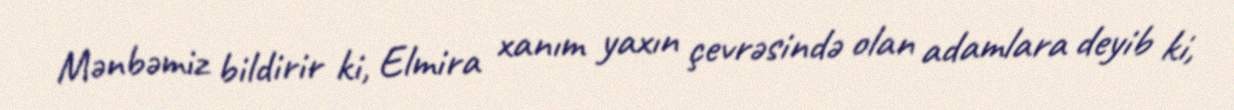
Mənbəmiz bildirir ki, Elmira xanım yaxın çevrəsində olan adamlara deyib ki,